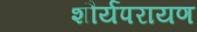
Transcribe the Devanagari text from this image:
शौर्यपरायण